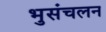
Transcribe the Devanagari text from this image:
भुसंचलन